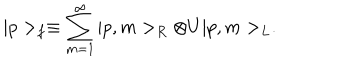
| p > _ { f } \equiv \sum _ { m = 1 } ^ { \infty } | p , m > _ { R } \otimes U | p , m > _ { L } .